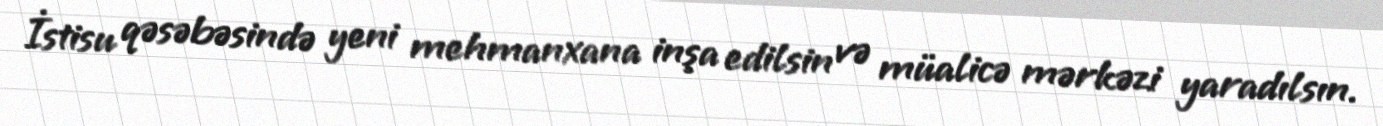
İstisu qəsəbəsində yeni mehmanxana inşa edilsin və müalicə mərkəzi yaradılsın.